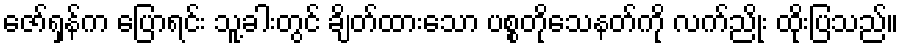
ဇော်ရှန်က ပြောရင်း သူ့ခါးတွင် ချိတ်ထားသော ပစ္စတိုသေနတ်ကို လက်ညိုး ထိုးပြသည်။